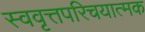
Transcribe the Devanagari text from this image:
स्ववृत्तपरिचयात्मक